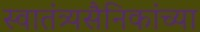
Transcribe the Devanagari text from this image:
स्वातंत्र्यसैनिकांच्या